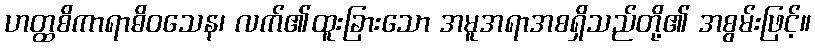
ဟတ္ထစိကာရာဓိဝသေန၊ လက်၏ထူးခြားသော အမူအရာအစရှိသည်တို့၏ အစွမ်းဖြင့်။